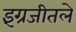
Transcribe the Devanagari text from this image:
इंग्रजीतले